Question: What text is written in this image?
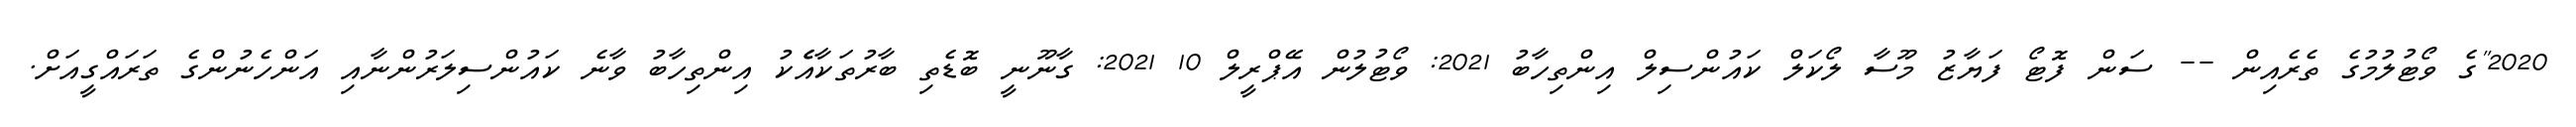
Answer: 2020"ގެ ވޯޓުލުމުގެ ތެރެއިން -- ސަން ފޮޓޯ ފަޔާޒު މޫސާ ލޯކަލް ކައުންސިލް އިންތިހާބު 2021: ވޯޓުލުން އޭޕްރީލް 10 2021: ގާނޫނީ ބޮޑެތި ބާރުތަކާއެެކު އިންތިހާބު ވާނެ ކައުންސިލަރުންނާއި އަންހެނުންގެ ތަރައްގީއަށް.